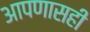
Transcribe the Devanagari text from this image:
आपणासही